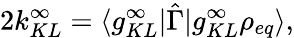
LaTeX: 2k_{KL}^{\infty}=\langle g_{KL}^{\infty}\rvert\hat{\Gamma}\lvert g_{KL}^{\infty}\rho_{eq}\rangle,